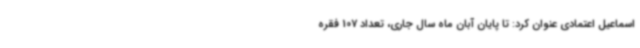
اسماعیل اعتمادی عنوان کرد: تا پایان آبان ماه سال جاری، تعداد 107 فقره